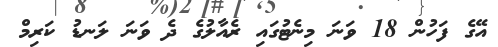
އޭގެ ފަހުން 18 ވަނަ މިނެޓުގައި ރެއާލުގެ ދެ ވަނަ ލަނޑު ކަރިމް